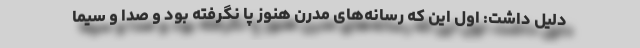
دلیل داشت: اول این که رسانه‌های مدرن هنوز پا نگرفته بود و صدا و سیما